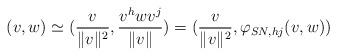
LaTeX: \begin{align*}(v,w)\simeq (\frac{v}{\Vert v \Vert^2}, \frac{v^h w v^j}{\Vert v \Vert}) = (\frac{v}{\Vert v \Vert^2}, \varphi_{SN , hj}(v, w))\end{align*}